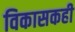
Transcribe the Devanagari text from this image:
विकासकही